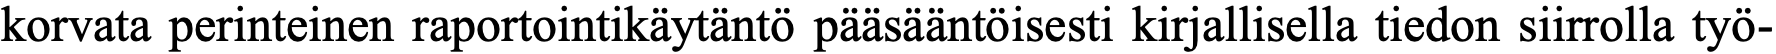
korvata perinteinen raportointikäytäntö pääsääntöisesti kirjallisella tiedon siirrolla työ-